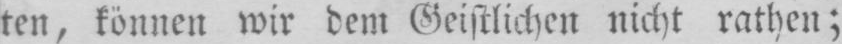
ten, können wir dem Geistlichen nicht rathen;